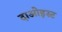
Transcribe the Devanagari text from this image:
दाओइस्ट